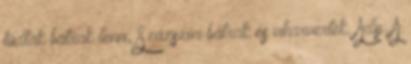
tudtak bátrak lenni, Százszor bátrak és viharvertek. Ady: A